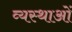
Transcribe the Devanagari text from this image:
व्यस्थाओं